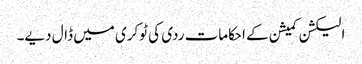
الیکشن کمیشن کے احکامات ردی کی ٹوکری میں ڈال دیے۔